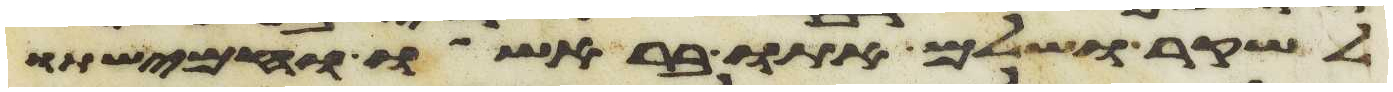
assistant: לשקר ושלם אתו בראשו וחמישתו